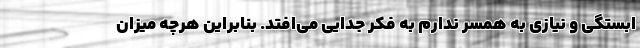
ابستگی و نیازی به همسر ندارم به فکر جدایی می‌افتد. بنابراین هرچه میزان